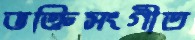
ভক্তিসংগীত